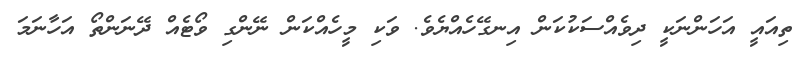
ތިއައީ އަހަންނަކީ ދިވެއްސަކުކަން އިނގޭހެއްޔެވެ. ވަކި މީހެއްކަން ނޭންގި ވޯޓެއް ދޭނަންތޯ އަހާނަމަ